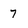
Character: 7